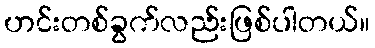
ဟင်းတစ်ခွက်လည်းဖြစ်ပါတယ်။